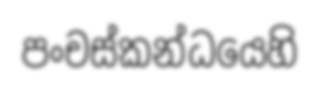
පංචස්කන්ධයෙහි